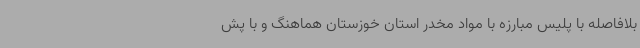
بلافاصله با پلیس مبارزه با مواد مخدر استان خوزستان هماهنگ و با پش